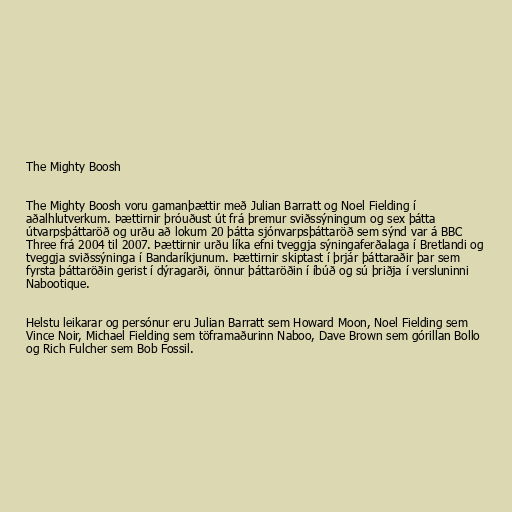
The Mighty Boosh

The Mighty Boosh voru gamanþættir með Julian Barratt og Noel Fielding í
aðalhlutverkum. Þættirnir þróuðust út frá þremur sviðssýningum og sex þátta
útvarpsþáttaröð og urðu að lokum 20 þátta sjónvarpsþáttaröð sem sýnd var á BBC
Three frá 2004 til 2007. Þættirnir urðu líka efni tveggja sýningaferðalaga í Bretlandi og
tveggja sviðssýninga í Bandaríkjunum. Þættirnir skiptast í þrjár þáttaraðir þar sem
fyrsta þáttaröðin gerist í dýragarði, önnur þáttaröðin í íbúð og sú þriðja í versluninni
Nabootique.

Helstu leikarar og persónur eru Julian Barratt sem Howard Moon, Noel Fielding sem
Vince Noir, Michael Fielding sem töframaðurinn Naboo, Dave Brown sem górillan Bollo
og Rich Fulcher sem Bob Fossil.